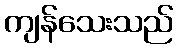
ကျန်သေးသည်